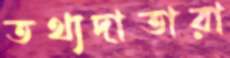
তথ্যদাতারা